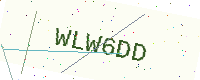
Text: WLW6DD